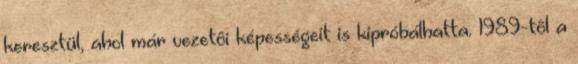
keresztül, ahol már vezetôi képességeit is kipróbálhatta. 1989-tôl a